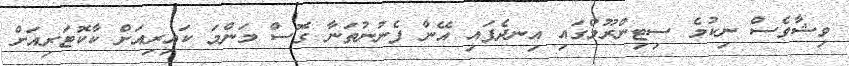
ވިޝާވެސް ނިކުމެ ސިޓިންރޫމްގައި އިނދެފައި އޭނާ ފެނުނުތަނާ ގޮސް މަންމަ ކައިރިއަށް ކާކޮޓަރިއަށް